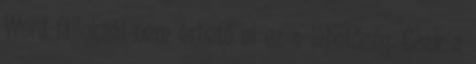
Word-fájloknál nem érhető el ez a lehetőség. Csak a